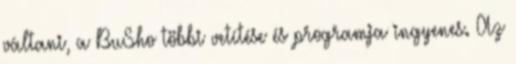
váltani, a BuSho többi vetítése és programja ingyenes. Az